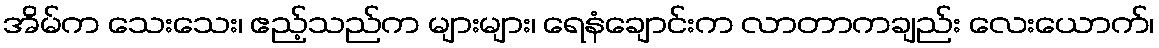
အိမ်က သေးသေး၊ ဧည့်သည်က များများ၊ ရေနံချောင်းက လာတာကချည်း လေးယောက်၊